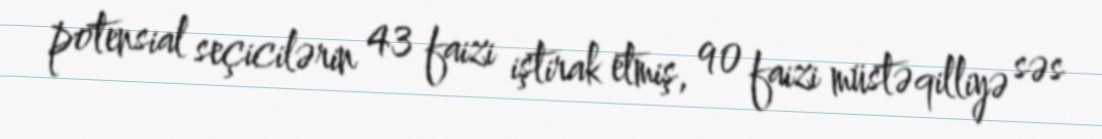
potensial seçicilərin 43 faizi iştirak etmiş, 90 faizi müstəqilliyə səs